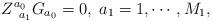
LaTeX: \begin{align*}Z_{\;\;a_{1}}^{a_{0}}G_{a_{0}}=0,\;a_{1}=1,\cdots ,M_{1}, \end{align*}